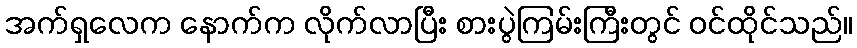
အက်ရှလေက နောက်က လိုက်လာပြီး စားပွဲကြမ်းကြီးတွင် ဝင်ထိုင်သည်။